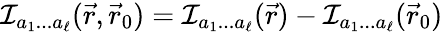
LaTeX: {\cal I}_{a_{1}...a_{\ell}}(\vec{r},\vec{r}_{0})={\cal I}_{a_{1}...a_{\ell}}(\vec{r})-{\cal I}_{a_{1}...a_{\ell}}(\vec{r}_{0})